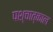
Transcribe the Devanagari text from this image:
पश्चात्काल